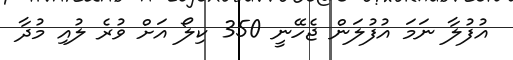
އުފުލާ ނަމަ އުފުލަން ޖެހޭނީ 350 ކިލޯ އަށް ވުރެ ލުއި މުދާ